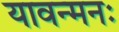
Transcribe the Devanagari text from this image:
यावन्मनः